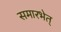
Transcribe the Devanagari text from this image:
समारभेत्